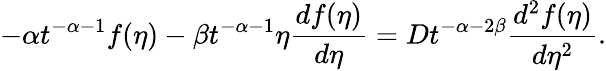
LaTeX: -\alpha t^{-\alpha-1}f(\eta)-\beta t^{-\alpha-1}\eta\frac{df(\eta)}{d\eta}=Dt^{-\alpha-2\beta}\frac{d^{2}f(\eta)}{d\eta^{2}}.